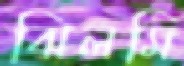
ঝিলমি